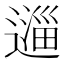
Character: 𬩆